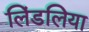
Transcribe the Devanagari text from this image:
लिंडलिया